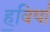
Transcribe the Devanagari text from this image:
ह॒विषा॑